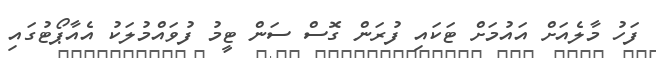
ފަހު މާލެއަށް އައުމަށް ޓަކައި ފުރަން ގޮސް ސަން ޓީމު ފުވައްމުލަކު އެއާޕޯޓުގައި